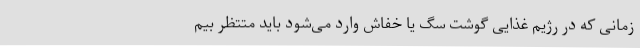
زمانی که در رژیم غذایی گوشت سگ یا خفاش وارد می‌شود باید متتظر بیم